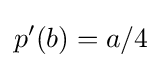
p'(b)=a/4